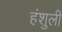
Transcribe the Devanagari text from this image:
हंशुली